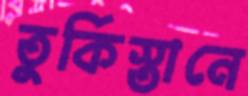
তুর্কিস্তানে